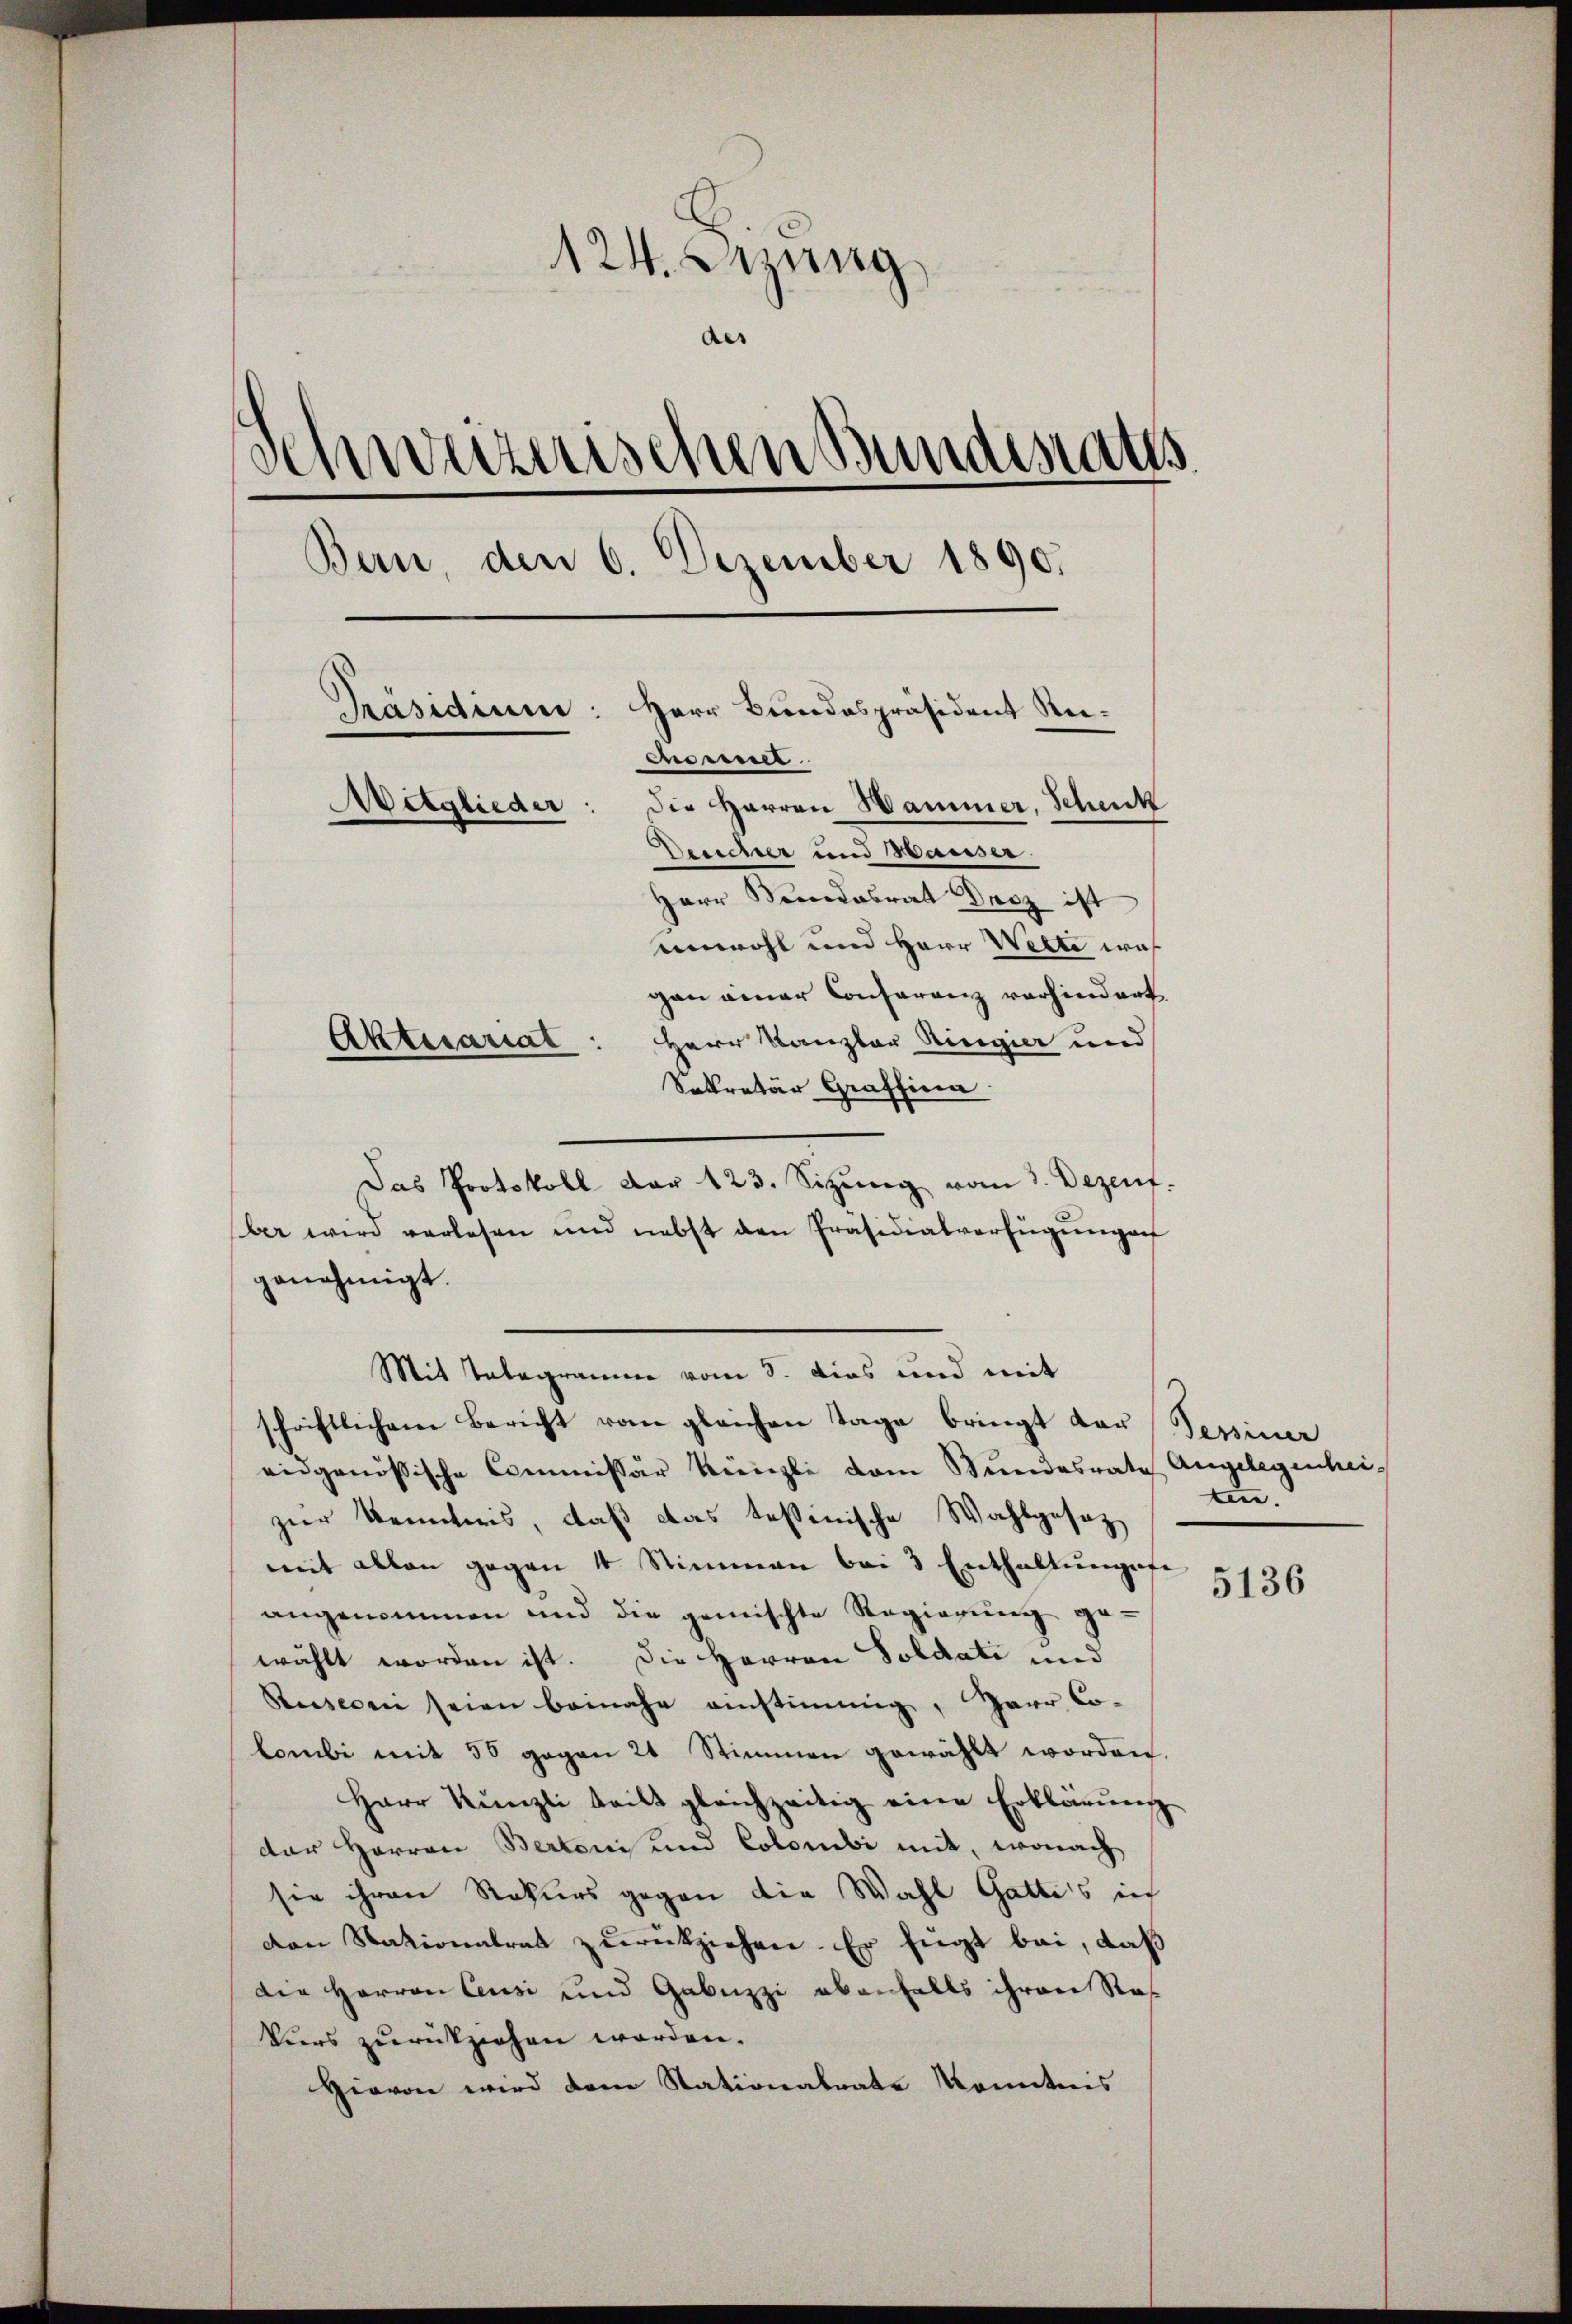
124. Setzung
des
d
eiznischen Bundesaus
Bern, den 6. Dezember 1890.
Herr Bundespräsident Rei¬
Präsidium:
cnderner
Mitglieder
die Herren Hammer, Schenck
Desscher und Hausser.
Herr Bundesrat Droz ist
unwohl und Herr Wette was
gan einer Conferenz vorhindert.
Herr Kanzler Ringier und
Aktesariat
Sekretär Graffina

Das Protokoll dar 123. Sizŭng vom 1. Dezenf.
ber wird verlesen und nebst den Präsidialverfügŭngen
genehmigt.
Mit Telegramme vom 8. dies und mit
schriftlichem Bericht vom gleichen Tage bringt der Tessiner
eidgenössische Commissär Künzli vom Bundesrate Angelegenheizur Kenntnis, daß das tessenische Wahlgesetz
mit allen gegen 4 Stimmen bei 3 Enthaltŭngsfe
angenommen und die gemischte Regierung ge-
wählt worden ist. Die Herren Soldati und
Rusconi seien beinahe einstimmig, Herr Co-
lombi mit 50 gegen 21 Stimmen gewählt worden.
Herr Künzli teilt gleichzeitig eine Erklärung
der Herren Bertorii und Colorubi mit, wonach
sie ihren Rekurs gegen die Wahl Gattis in
den Nationalrat zurückziehen. Er fügt bei, daß
die Herren Cusi und Gabuzzi ebenfalls ihren Raf
Viers zurückziehen worden.
Hievon wird dem Stationalrate Kenntnis

ten.

5136